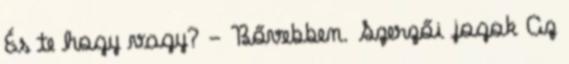
És te hogy vagy? - Bővebben. Szerzői jogok Az